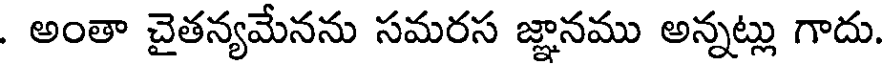
. అంతా చైతన్యమేనను సమరస జ్ఞానము అన్నట్లు గాదు.